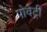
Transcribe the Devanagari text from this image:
पोवेट्री